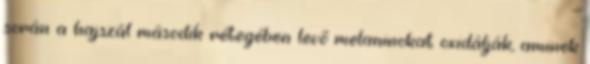
során a hajszál második rétegében levő melaninokat oxidálják, aminek